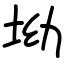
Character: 坳